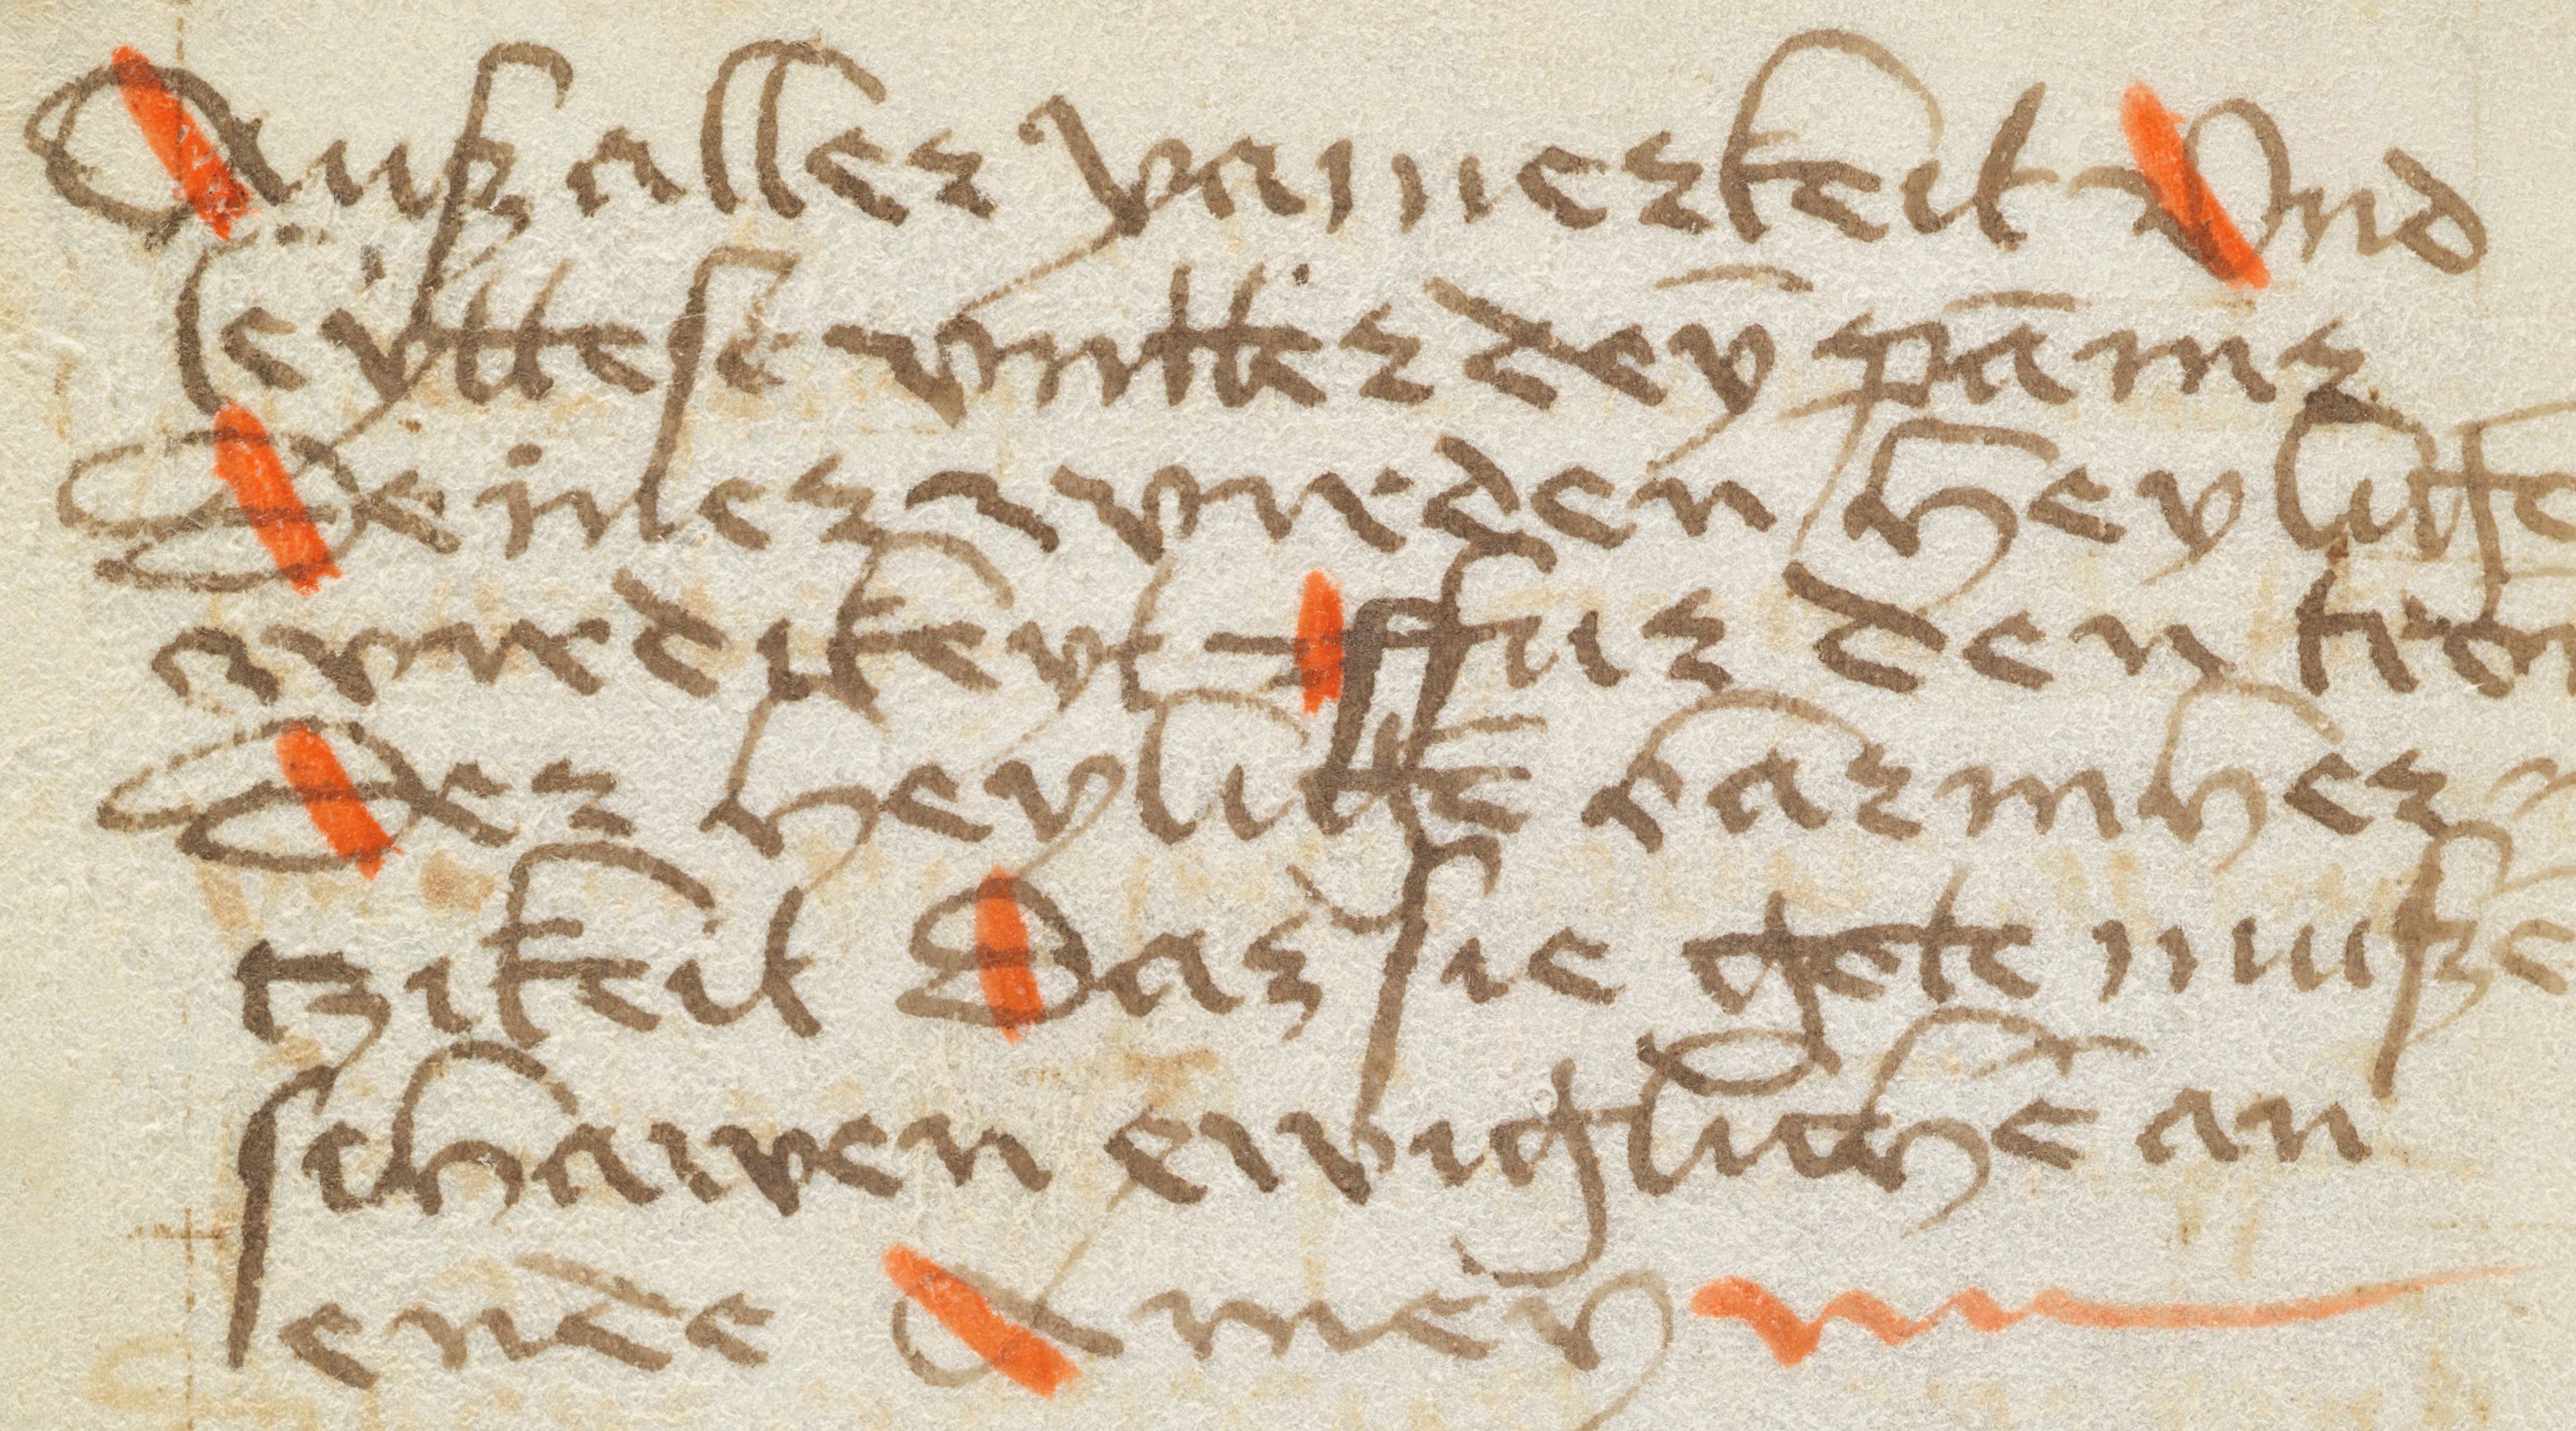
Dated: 1370–1449